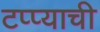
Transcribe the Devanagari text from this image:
टप्प्याची